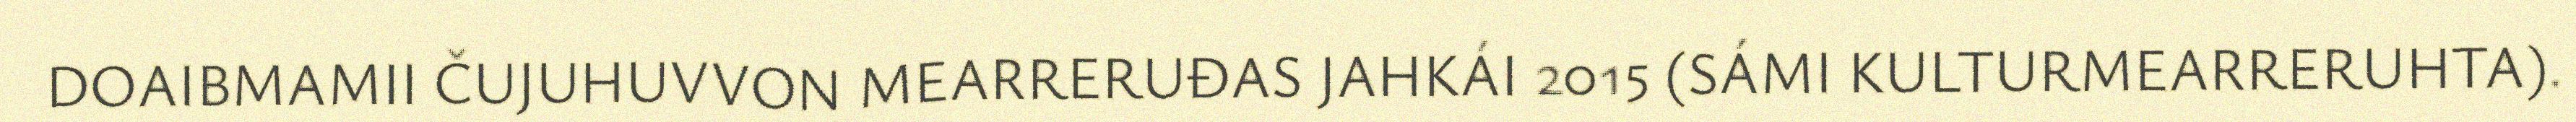
DOAIBMAMII ČUJUHUVVON MEARRERUĐAS JAHKÁI 2015 (SÁMI KULTURMEARRERUHTA).